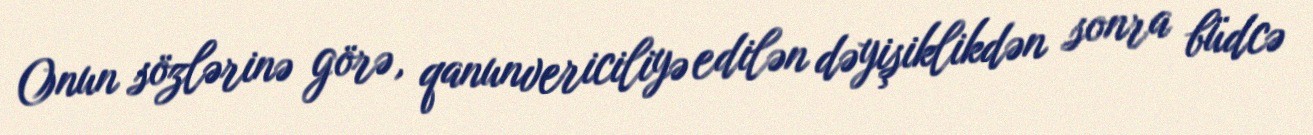
Onun sözlərinə görə, qanunvericiliyə edilən dəyişiklikdən sonra büdcə